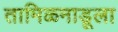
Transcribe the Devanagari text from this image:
तामिळनाडूला